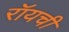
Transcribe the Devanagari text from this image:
रॉयची